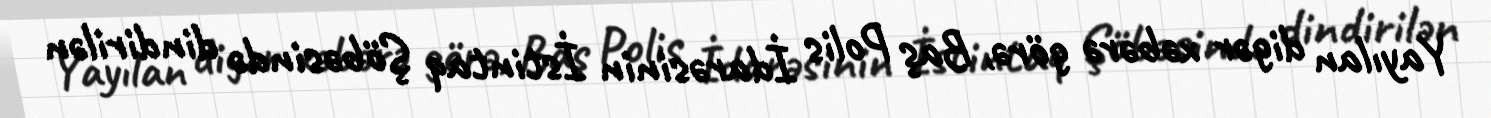
Yayılan digər xəbərə görə, Baş Polis İdarəsinin İstintaq Şöbəsində dindirilən